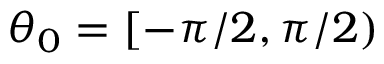
\theta _ { 0 } = [ - \pi / 2 , \pi / 2 )